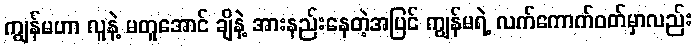
ကျွန်မဟာ လူနဲ့ မတူအောင် ချိနဲ့ အားနည်းနေတဲ့အပြင် ကျွန်မရဲ့ လက်ကောက်ဝတ်မှာလည်း